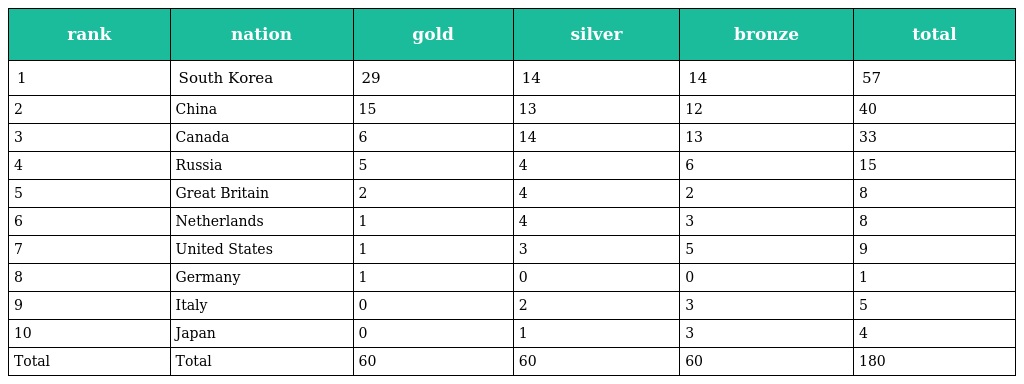
| rank | nation | gold | silver | bronze | total |
 | --- | --- | --- | --- | --- | --- |
 | 1 | South Korea | 29 | 14 | 14 | 57 |
 | 2 | China | 15 | 13 | 12 | 40 |
 | 3 | Canada | 6 | 14 | 13 | 33 |
 | 4 | Russia | 5 | 4 | 6 | 15 |
 | 5 | Great Britain | 2 | 4 | 2 | 8 |
 | 6 | Netherlands | 1 | 4 | 3 | 8 |
 | 7 | United States | 1 | 3 | 5 | 9 |
 | 8 | Germany | 1 | 0 | 0 | 1 |
 | 9 | Italy | 0 | 2 | 3 | 5 |
 | 10 | Japan | 0 | 1 | 3 | 4 |
 | Total | Total | 60 | 60 | 60 | 180 |